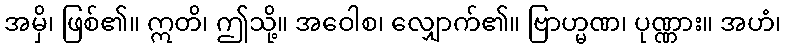
အမှိ၊ ဖြစ်၏။ ဣတိ၊ ဤသို့။ အဝေါစ၊ လျှောက်၏။ ဗြာဟ္မဏ၊ ပုဏ္ဏား။ အဟံ၊